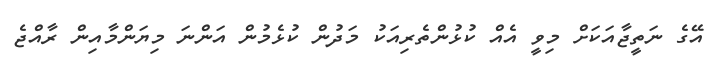
އޭގެ ނަތީޖާއަކަށް މިވީ އެއް ކުޅުންތެރިއަކު މަދުން ކުޅެމުން އަންނަ މިޔަންމާއިން ރާއްޖެ